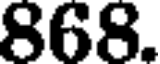
868.